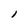
Character: l